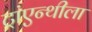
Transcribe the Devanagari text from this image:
ट्रांएन्थीला